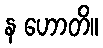
န ဟောတိ။